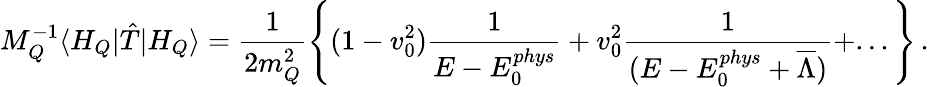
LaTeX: M_{Q}^{-1}\langle H_{Q}|{\hat{T}}|H_{Q}\rangle=\frac{1}{2m_{Q}^{2}}\left\{ (1-v_{0}^{2})\frac{1}{E-E_{0}^{phys}}+v_{0}^{2}\frac{1}{(E-E_{0}^{phys}+\overline{{{\Lambda}}})}+...\right\} \, .